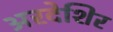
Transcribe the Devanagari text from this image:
अरदेशिर